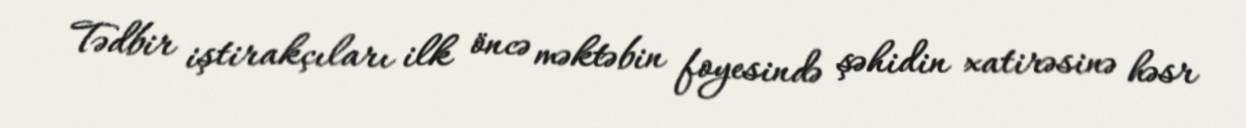
Tədbir iştirakçıları ilk öncə məktəbin foyesində şəhidin xatirəsinə həsr